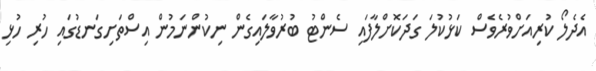
އެދެލޯ ކުރިއަށްވުރެވެސް ކަޅުކުލަ ގަދަކޮށްލާފައި ސެންޓު ބުރުވާލައިގެން ނިކުންނަމުން އިސްތަށިގަނޑުގައި ހުރި ހުޅި